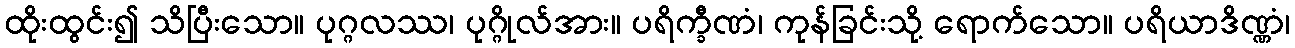
ထိုးထွင်း၍ သိပြီးသော။ ပုဂ္ဂလဿ၊ ပုဂ္ဂိုလ်အား။ ပရိက္ခီဏံ၊ ကုန်ခြင်းသို့ ရောက်သော။ ပရိယာဒိဏ္ဏံ၊